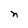
Character: n